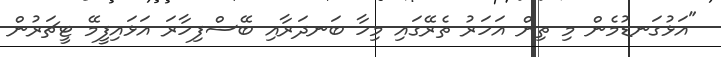
"އަޅުގަނޑުމެން މި ތިން އަހަރު ތެރޭގައި މިހާ ބަނދަރާއި ބޭސްފިހާރަ އަޅައިފީމޭ ޓީޗަރުން